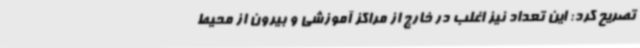
تصریح کرد: این تعداد نیز اغلب در خارج از مراکز آموزشی و بیرون از محیط